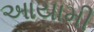
આયામી